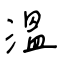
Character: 溫